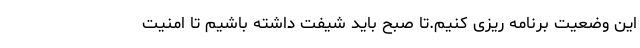
این وضعیت برنامه ریزی کنیم.تا صبح باید شیفت داشته باشیم تا امنیت